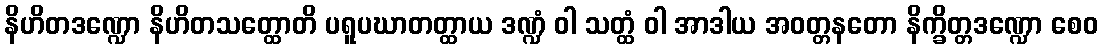
နိဟိတဒဏ္ဍော နိဟိတသတ္ထောတိ ပရူပဃာတတ္ထာယ ဒဏ္ဍံ ဝါ သတ္ထံ ဝါ အာဒါယ အဝတ္တနတော နိက္ခိတ္တဒဏ္ဍော စေဝ